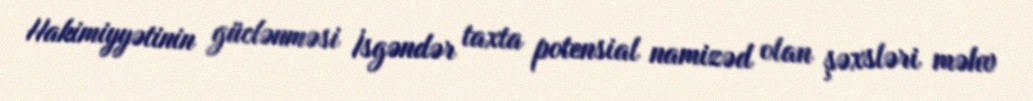
Hakimiyyətinin güclənməsi İsgəndər taxta potensial namizəd olan şəxsləri məhv